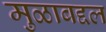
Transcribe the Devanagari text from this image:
मुळाबद्दल